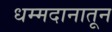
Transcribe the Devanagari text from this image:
धम्मदानातून